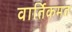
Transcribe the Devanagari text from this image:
वार्तिकमत